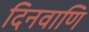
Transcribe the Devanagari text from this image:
दिनवाणि